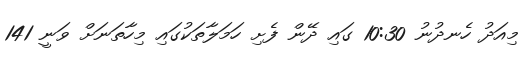
މިއަދު ހެނދުނު 10:30 ގައި ދޭން ފެށި ހަމަލާތަކުގައި މިހާތަނަށް ވަނީ 141